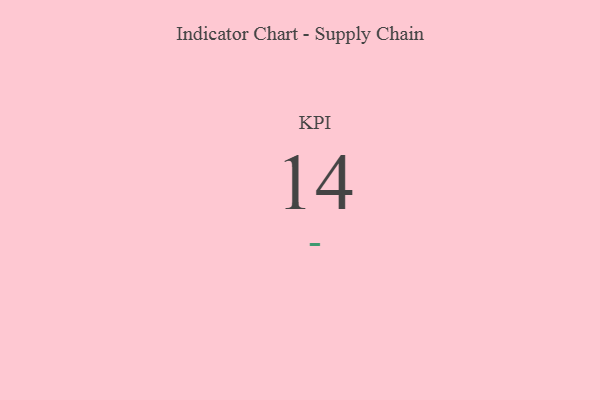
{"axis": {"x": "KPI", "y": "Value"}, "legend": [""], "data": [{"x": "KPI", "y": 14, "type": ""}]}